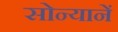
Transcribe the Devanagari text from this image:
सोन्यानें